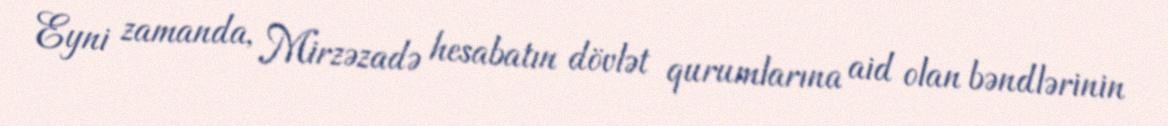
Eyni zamanda, Mirzəzadə hesabatın dövlət qurumlarına aid olan bəndlərinin